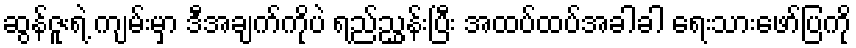
ဆွန်ဇူးရဲ့ ကျမ်းမှာ ဒီအချက်ကိုပဲ ရည်ညွှန်းပြီး အထပ်ထပ်အခါခါ ရေးသားဖော်ပြကို